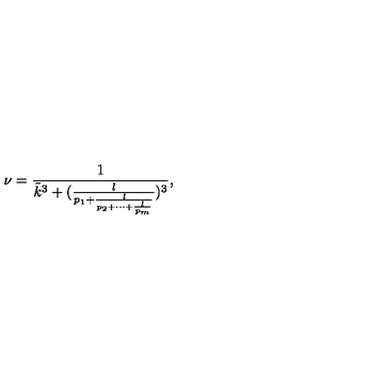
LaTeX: \nu = \frac { 1 } { { \tilde { k } } ^ { 3 } + ( \frac { l } { p _ { 1 } + \frac { l } { p _ { 2 } + \cdots + \frac { l } { p _ { m } } } } ) ^ { 3 } } ,